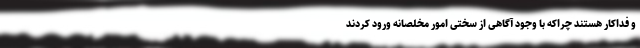
و فداکار هستند چراکه با وجود آگاهی از سختی امور مخلصانه ورود کردند